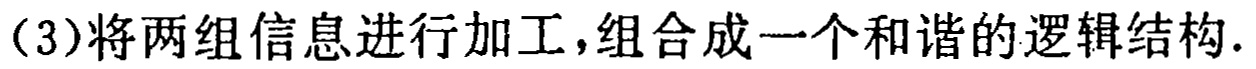
（3）将两组信息进行加工，组合成一个和谐的逻辑结构.